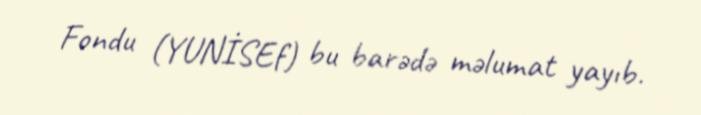
Fondu (YUNİSEf) bu barədə məlumat yayıb.